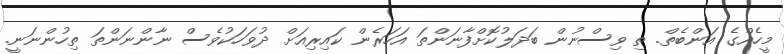
މީހެއްގެ އަންބެތް. ތި ވިސްނުން ބަދަލުކޮށްފާނަންތަ އަހަރެން ކައިރިއަށް ދުވަހަކުވެސް ނާންނަންތަ ތިހުންނަނީ.